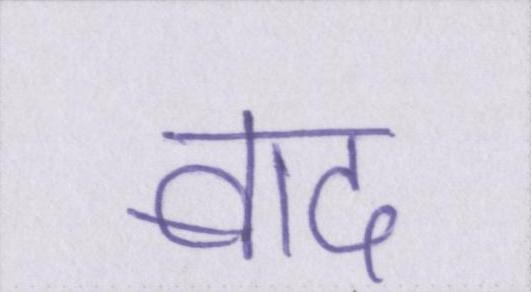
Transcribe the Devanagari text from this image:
बाद